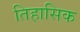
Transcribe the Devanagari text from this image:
तिहासिक